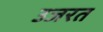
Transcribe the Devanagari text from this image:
उजरत